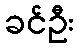
ခင်ဦး